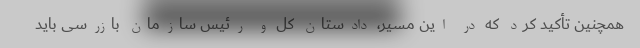
همچنین تأکید کرد که در این مسیر، دادستان کل و رئیس سازمان بازرسی باید